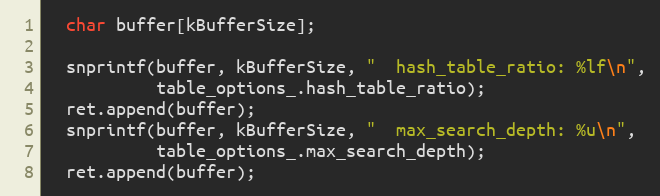
Language: C++
  char buffer[kBufferSize];

  snprintf(buffer, kBufferSize, "  hash_table_ratio: %lf\n",
           table_options_.hash_table_ratio);
  ret.append(buffer);
  snprintf(buffer, kBufferSize, "  max_search_depth: %u\n",
           table_options_.max_search_depth);
  ret.append(buffer);